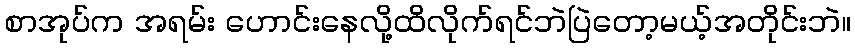
စာအုပ်က အရမ်း ဟောင်းနေလို့ထိလိုက်ရင်ဘဲပြဲတော့မယ့်အတိုင်းဘဲ။